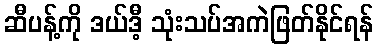
ဆီပန့်ကို ဒယ်ဒီ့ သုံးသပ်အကဲဖြတ်နိုင်ရန်